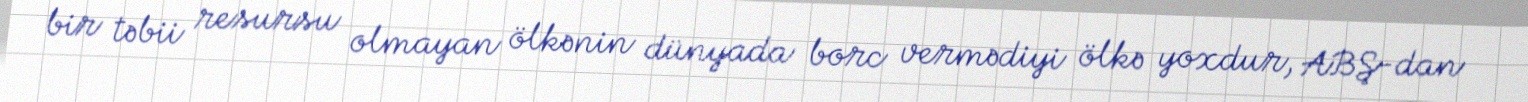
bir təbii resursu olmayan ölkənin dünyada borc vermədiyi ölkə yoxdur, ABŞ-dan